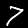
Label: 7